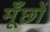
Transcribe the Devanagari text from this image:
मूँछों